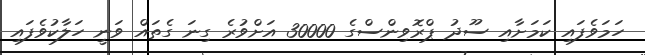
ހަމަވެފައި ކަމަށާއި ސޫދު ޕްރޮވިންސްގެ 30000 އަށްވުރެ ގިނަ ގެތައް ވަނީ ހަލާކުވެފައި